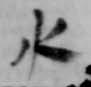
水